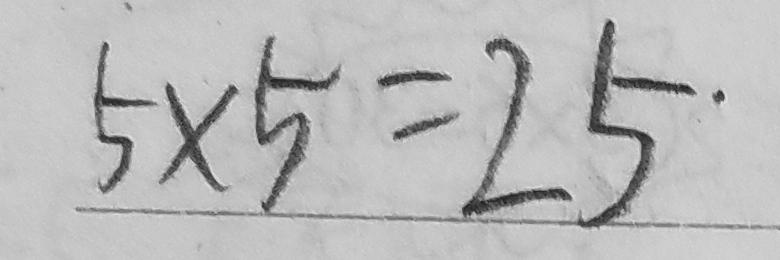
5 \times 5 = 2 5